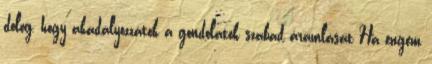
dolog, hogy akadályozzátok a gondolatok szabad áramlását Ha engem